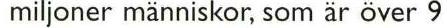
 miljoner människor, som är över 9